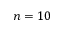
n = 1 0